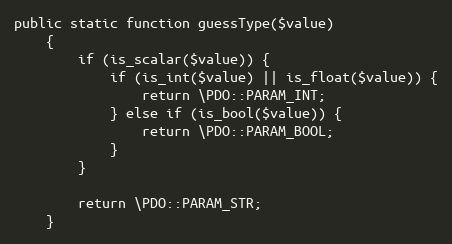
Language: PHP
public static function guessType($value)
    {
        if (is_scalar($value)) {
            if (is_int($value) || is_float($value)) {
                return \PDO::PARAM_INT;
            } else if (is_bool($value)) {
                return \PDO::PARAM_BOOL;
            }
        }

        return \PDO::PARAM_STR;
    }